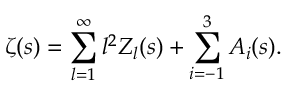
\zeta ( s ) = \sum _ { l = 1 } ^ { \infty } l ^ { 2 } Z _ { l } ( s ) + \sum _ { i = - 1 } ^ { 3 } A _ { i } ( s ) .